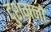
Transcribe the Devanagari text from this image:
दुशमनो